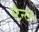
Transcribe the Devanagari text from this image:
स्टैन्टन